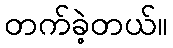
တက်ခဲ့တယ်။